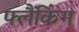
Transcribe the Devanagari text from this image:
फ्लैंकिंग